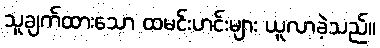
သူချက်ထားသော ထမင်းဟင်းများ ယူလာခဲ့သည်။